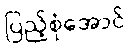
ပြည့်စုံအောင်